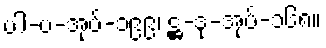
ပါ-ပ-အုပ်-၁၉၉၊ ဋ္ဌ-ဒု-အုပ်-၁၆၈။